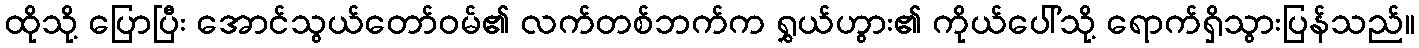
ထိုသို့ ပြောပြီး အောင်သွယ်တော်ဝမ်၏ လက်တစ်ဘက်က ရွှယ်ဟွား၏ ကိုယ်ပေါ်သို့ ရောက်ရှိသွားပြန်သည်။